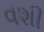
વશી